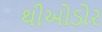
થીઓડોર